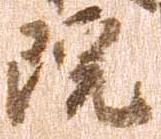
院